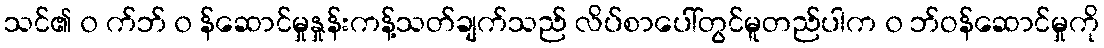
သင်၏ ၀ က်ဘ် ၀ န်ဆောင်မှုနှုန်းကန့်သတ်ချက်သည် လိပ်စာပေါ်တွင်မူတည်ပါက ၀ ဘ်ဝန်ဆောင်မှုကို